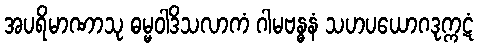
အပရိမာဏာသု ဓမ္မဝါဒိသလာကံ ဂါမဗန္ဓနံ သဟပယောဂဒုက္ကဋံ